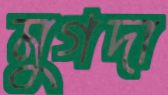
মুগদা